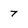
Character: 7